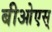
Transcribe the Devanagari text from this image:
बीओएस्